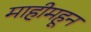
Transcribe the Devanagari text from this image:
माहीमहून